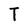
Character: T